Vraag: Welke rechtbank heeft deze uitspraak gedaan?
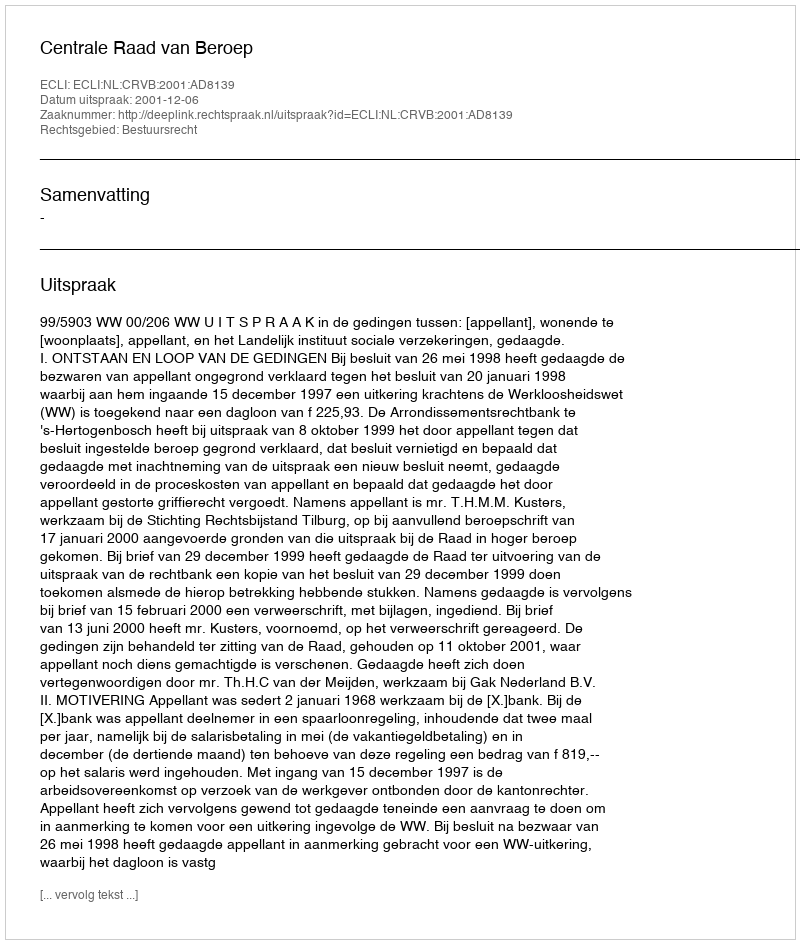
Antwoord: Centrale Raad van Beroep